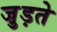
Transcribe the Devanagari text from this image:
जु़ड़ते